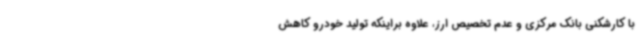
با کارشکنی بانک مرکزی و عدم تخصیص ارز، علاوه براینکه تولید خودرو کاهش